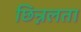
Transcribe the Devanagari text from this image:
छिन्नलता